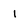
Character: l